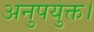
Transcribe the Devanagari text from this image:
अनुपयुक्त।